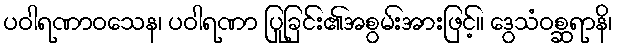
ပဝါရဏာဝသေန၊ ပဝါရဏာ ပြုခြင်း၏အစွမ်းအားဖြင့်။ ဒွေသံဝစ္ဆရာနိ၊